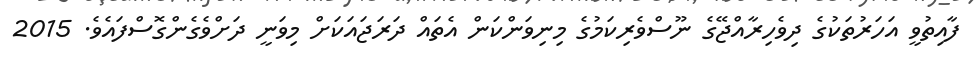
ފާއިތުވީ އަހަރުތަކުގެ ދިވެހިރާއްޖޭގެ ނޫސްވެރިކަމުގެ މިނިވަންކަން އެތައް ދަރަޖައަކަށް މިވަނީ ދަށްވެގެންގޮސްފައެވެ. 2015